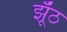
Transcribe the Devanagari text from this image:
झूँठ